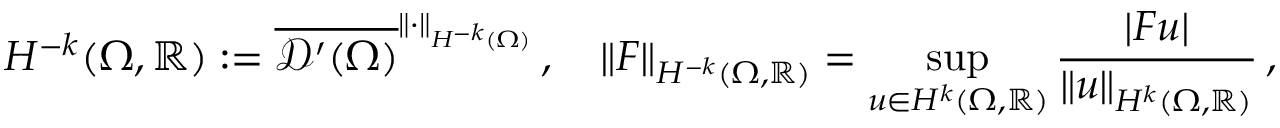
H ^ { - k } ( \Omega , \mathbb { R } ) : = \overline { { \mathcal { D } ^ { \prime } ( \Omega ) } } ^ { \| \cdot \| _ { H ^ { - k } ( \Omega ) } } \, , \quad \| F \| _ { H ^ { - k } ( \Omega , \mathbb { R } ) } = \operatorname* { s u p } _ { u \in { H ^ { k } ( \Omega , \mathbb { R } ) } } \frac { | F u | } { \| u \| _ { H ^ { k } ( \Omega , \mathbb { R } ) } } \, ,